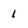
Character: 1